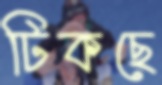
টিকছে